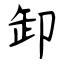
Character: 卸